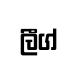
ලීග්